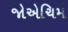
જોએચિમ